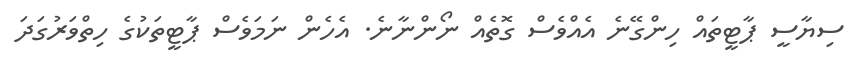
ސިޔާސީ ޕާޓީތައް ހިންގޭނެ އެއްވެސް ގޮތެއް ނޯންނާނެ. އެހެން ނަމަވެސް ޕާޓީތަކުގެ ހިތްވަރުގަދަ